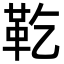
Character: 䩐